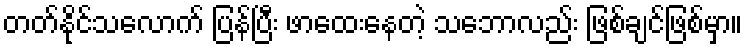
တတ်နိုင်သလောက် ပြန်ပြီး ဖာထေးနေတဲ့ သဘောလည်း ဖြစ်ချင်ဖြစ်မှာ။